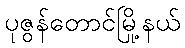
ပုဇွန်တောင်မြို့နယ်